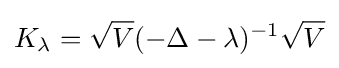
K_{\lambda }={\sqrt {V}}(-\Delta -\lambda )^{-1}{\sqrt {V}}